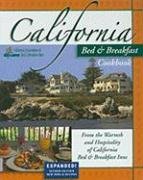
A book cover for California Bed & Breakfast Cookbook: From the Warmth and Hospitality of California Bed & Breakfast Inns (Bed & Breakfast Cookbooks (3D Press)); Cookbooks, Food & Wine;